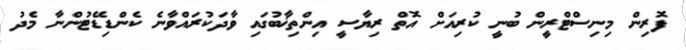
ފޮރިން މިނިސްޓްރީން ބުނީ ކުރިއަށް އޮތް ރިޔާސީ އިންތިޚާބުގައި ވާދަކުރައްވާނެ ކެންޑިޑޭޓުންނާ މެދު